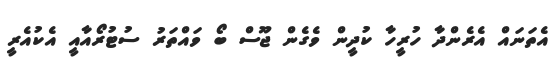
އެތަނައް އެރެންދާ ހުރީހާ ކުދީން ވެގެން ޖޫސް ބޯ ވައްތަރު ސުޓުރޯއާއީ އެކުއެރީ